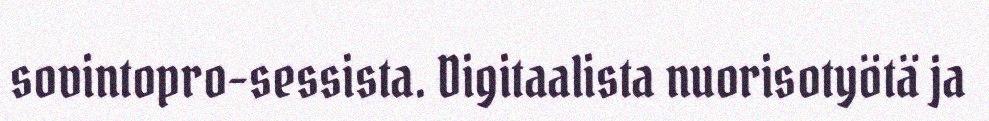
sovintopro-sessista. Digitaalista nuorisotyötä ja